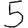
Digit: 5